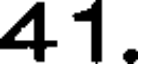
41.